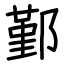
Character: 鄞